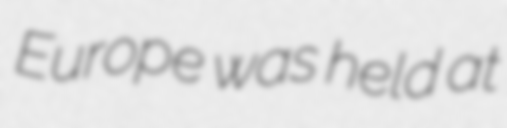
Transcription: Europe was held at